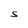
Character: S